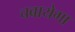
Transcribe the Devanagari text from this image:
चबायेगा